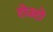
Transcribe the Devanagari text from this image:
टोउटो